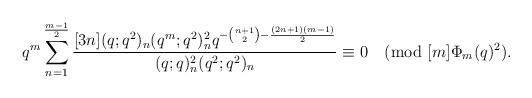
LaTeX: \begin{align*}q^{m}\sum_{n=1}^{\frac{m-1}{2}}\frac{[3n](q;q^2)_{n}(q^{m};q^2)_{n}^2 q^{-{n+1\choose 2}-\frac{(2n+1)(m-1)}{2}} }{(q;q)_{n}^2 (q^2;q^2)_{n}}\equiv 0\pmod{[m]\Phi_m(q)^2}. \end{align*}